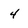
Character: 4